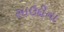
સાઉદીના